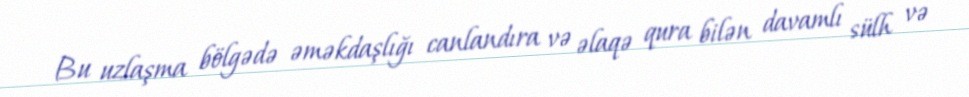
Bu uzlaşma bölgədə əməkdaşlığı canlandıra və əlaqə qura bilən davamlı sülh və